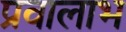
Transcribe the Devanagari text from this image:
प्रवालाभ